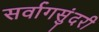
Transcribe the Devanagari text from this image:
सर्वागसुंदरी